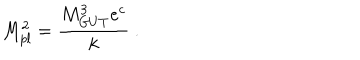
M _ { p l } ^ { 2 } = { \frac { M _ { G U T } ^ { 3 } e ^ { c } } { \displaystyle k } } ~ . ~ \,